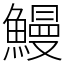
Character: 鰻